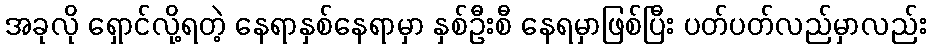
အခုလို ရှောင်လို့ရတဲ့ နေရာနှစ်နေရာမှာ နှစ်ဦးစီ နေရမှာဖြစ်ပြီး ပတ်ပတ်လည်မှာလည်း